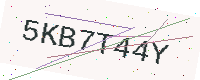
Text: 5KB7T44Y